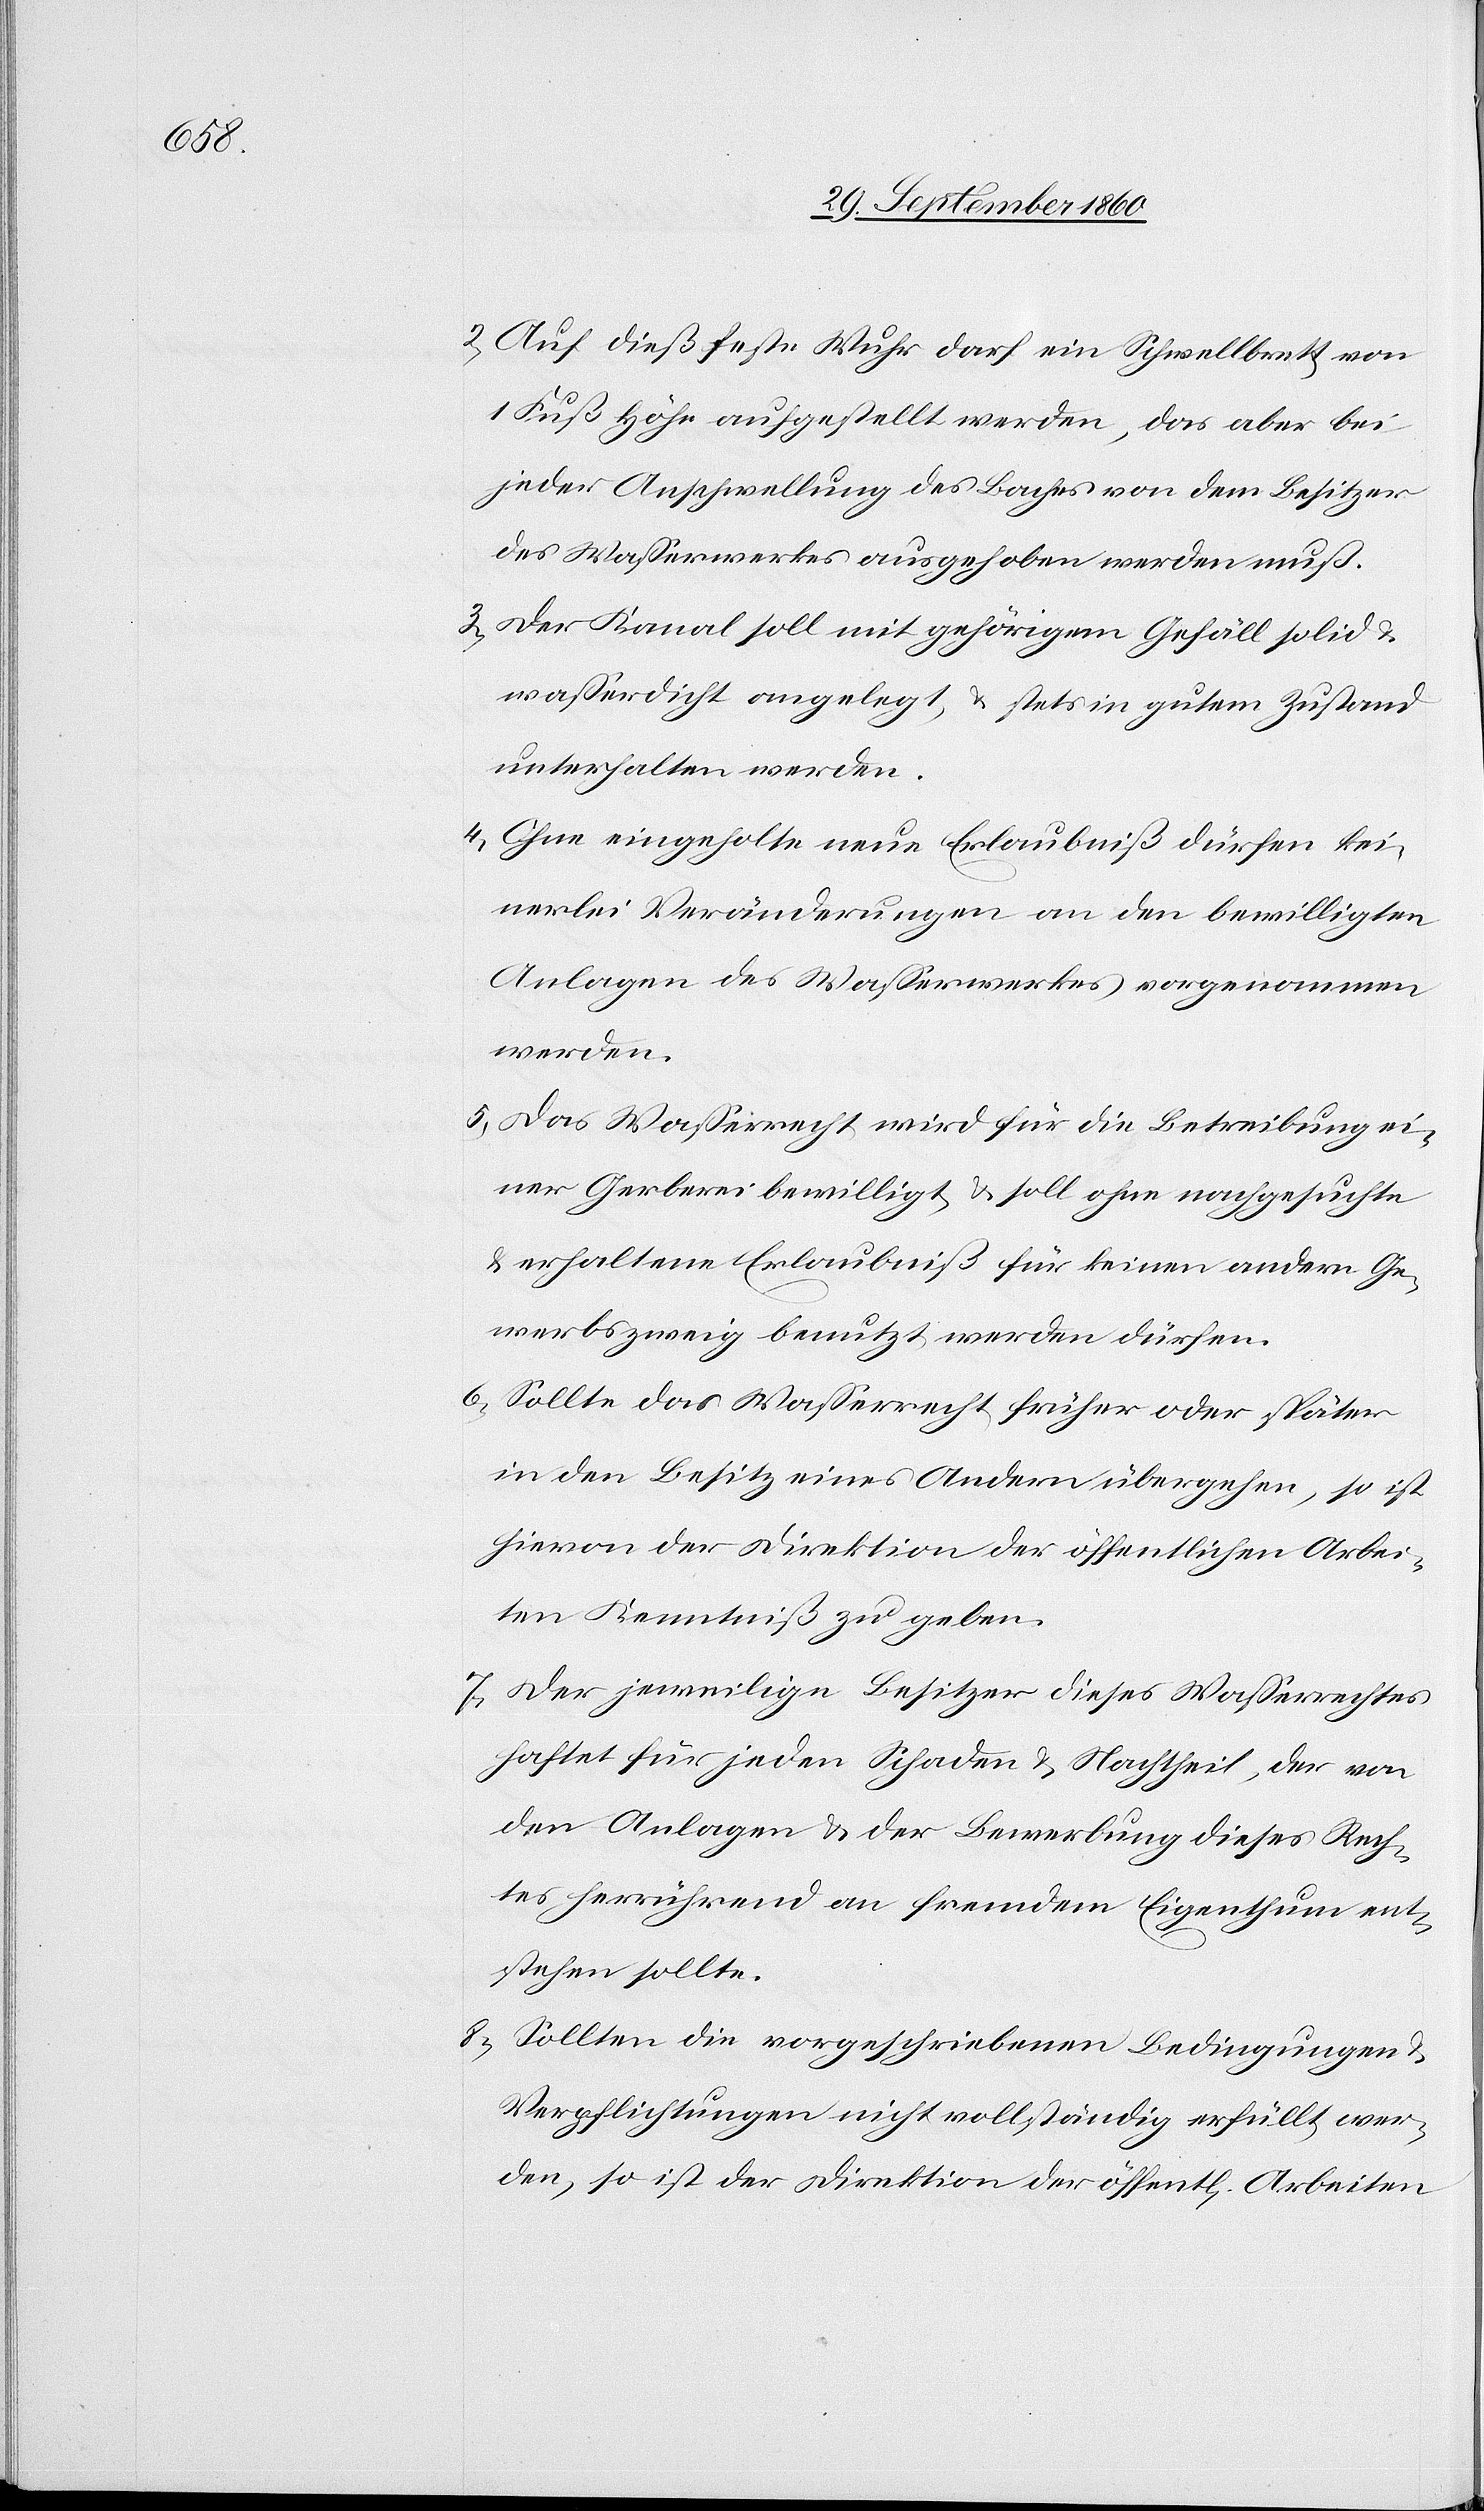
2) Auf dieß feste Wuhr darf ein Schwellbrett von
1 Fuß Höhe aufgestellt werden, das aber bei
jeder Anschwellung des Baches von dem Besitzer
des Wasserwerkes ausgehoben werden muß.
3) Der Kanal soll mit gehörigem Gefäll solid u.
wasserdicht angelegt, u. stets in gutem Zustand
unterhalten werden.
4) Ohne eingeholte neue Erlaubniß dürfen kei¬
nerlei Veränderungen an den bewilligten
Anlagen des Wasserwerkes vorgenommen
werden.
5) Das Wasserrecht wird für die Betreibung ei¬
ner Gerberei bewilligt u. soll ohne nachgesuchte
u. erhaltene Erlaubniß für keinen andern Ge¬
werbszweig benutzt werden dürfen.
6) Sollte das Wasserrecht früher oder später
in den Besitz eines Andern übergehen, so ist
hievon der Direktion der öffentlichen Arbei¬
ten Kenntniß zu geben.
7) Der jeweilige Besitzer dieses Wasserrechtes
haftet für jeden Schaden u. Nachtheil, der von
den Anlagen u. der Bewerbung dieses Rech¬
tes herrührend an fremdem Eigenthum ent¬
stehen sollte.
8) Sollten die vorgeschriebenen Bedingungen u.
Verpflichtungen nicht vollständig erfüllt wer¬
den, so ist der Direktion der öffentl. Arbeiten